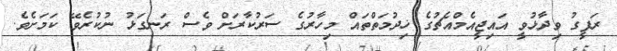
ރަފީގު ވިދާޅުވީ އައިޖީއެމްއެޗުގެ ޚިދުމަތްތައް މިހާރުގެ ސަރުކާރަށް ވެސް ރަނގަޅު ނުކުރެވޭ ކަމަށެވެ.